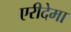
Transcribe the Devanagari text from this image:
एरीदेमा